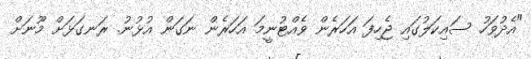
"އެދުވަހު ސައިކަލުގައި ޖެހިފަ އަހަރެން ވެއްޓުނީމަ އަހަރެން ނަގަން އުޅުނު. ރަނގަޅަށް މޫނަށް